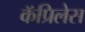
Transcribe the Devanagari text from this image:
कॅप्रिलेस